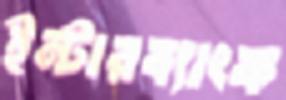
ইন্টারব্যাংক